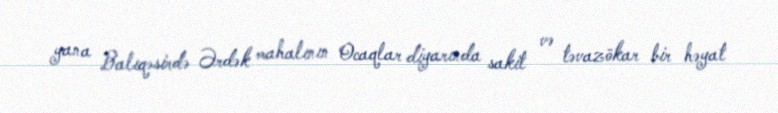
yana Balıqəsirdə Ərdək mahalının Ocaqlar diyarında sakit və təvazökar bir həyat